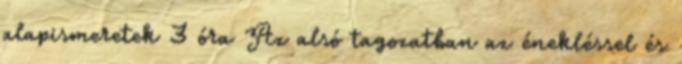
alapismeretek 3 óra Az alsó tagozatban az énekléssel és